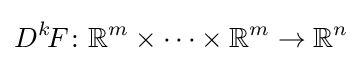
D^{k}\!F\colon \mathbb {R} ^{m}\times \cdots \times \mathbb {R} ^{m}\to \mathbb {R} ^{n}